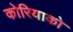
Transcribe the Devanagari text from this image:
कोरियाको